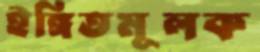
ইঙ্গিতমূলক